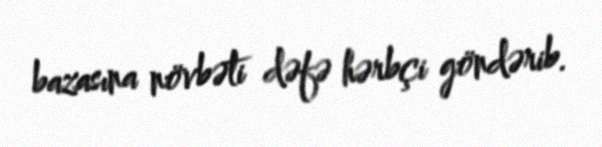
bazasına növbəti dəfə hərbçi göndərib.